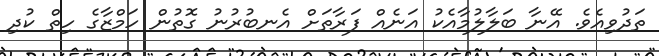
ތަދުވިއެވެ. އޭނާ ބަލާލުމާއެކު އަނެއް ފަރާތަށް އެނބުރުނު ގޮތުން ހަމްޒާގެ ހިތް ކުދި